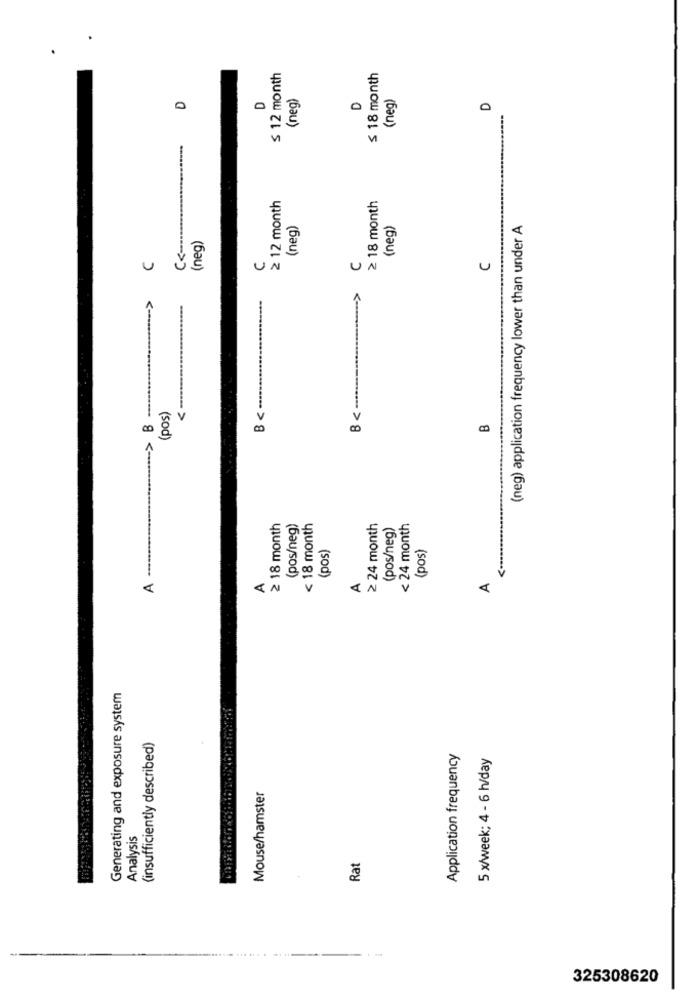
≤ 12 month
≤ 18 month
(neg)
(neg)
D
D
≥ 12 month
≥ 18 month
(neg)
(neg)
(neg) application frequency lower than under A
(neg)
C
C
U
->
--
B < ..................
(pos)
≥ 18 month
(pos/neg)
< 18 month
≥ 24 month
(pos/neg)
< 24 month
(pos)
(pos)
-
A
A
A
D
Generating and exposure system
(insufficiently described)
Application frequency
5 x/week; 4 - 6 h/day
Mouse/hamster
Analysis
Rat
325308620